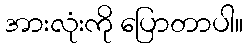
အားလုံးကို ပြောတာပါ။